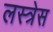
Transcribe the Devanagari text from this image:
लस्त्रेस